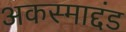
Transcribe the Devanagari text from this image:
अकस्माद्दंड